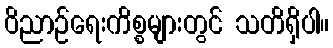
ဝိညာဉ်ရေးကိစ္စများတွင် သတိရှိပါ။